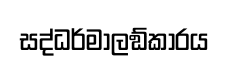
සද්ධර්මාලඞ්කාරය